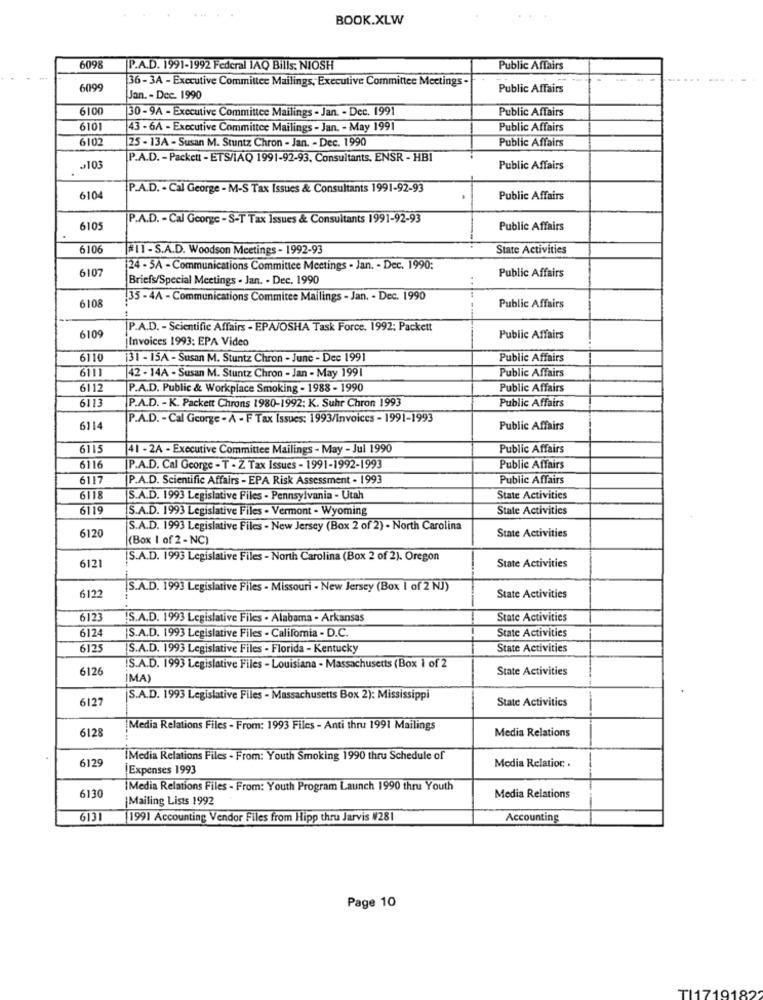
BOOK.XLW
6098
P.A.D. 1991-1992 Federal JAQ Bills: NIOSH
Public Affairs
36-3A - Executive Committee Mailings, Executive Committee Meetings.
609
Public Affairs
Jan. - Dec. 1990
610
30- 9A - Executive Committee Mailings . Jan. - Dec. 1991
Public Affairs
610
43 - 6A - Executive Committee Mailings - Jan. - May 1991
Public Affairs
610
25 - 13A - Susan M. Stuntz Chron - Jan. - Dec. 1990
Public Affairs
P.A.D. - Packett - ETS/IAQ 1991-92-93. Consultants, ENSR - HBI
-103
Public Affairs
P.A.D. - Cal George - M-S Tax Issues & Consultants 1991-92-93
610
Public Affairs
P.A.D. - Cal George - S-T Tax Issues & Consultants 1991-92-93
6105
Public Affairs
610
#11 - S.A.D. Woodson Meetings - 1992-93
State Activities
6107
24 - 5A - Communications Committee Meetings . Jan. - Dec. 1990:
Public Affairs
Briefs/Special Meetings . Jan. - Dec. 1990
135 - 4A - Communications Commitee Mailings - Jan. - Dec. 1990
6108
Public Affairs
P.A.D. - Scientific Affairs - EPAJOSHA Task Force. 1992; Packett
610
Invoices 1993: EPA Video
Public Affairs
6110
131 - 15A - Susan M. Stuntz Chron - June - Dec 1991
Public Affairs
6111
Public Affairs
42 - 14A - Susan M. Stuntz Chron - Jan - May 1991
6112
P.A.D. Public & Workplace Smoking - 1988 - 1990
Public Affairs
6113
Public Affairs
P.A.D. - K. Packett Chrons 1980-1992: K. Suhr Chron 1993
P.A.D. - Cal George - A - F Tax Issues: 1993/Invoices - 1991-1993
611
Public Affairs
611
41 - 2A - Executive Committee Mailings - May - Jul 1990
Public Affairs
6116
[P.A.D. Cal George - T - Z Tax Issues - 1991-1992-1993
Public Affairs
6117
P.A.D. Scientific Affairs - EPA Risk Assessment - 1993
Public Affairs
6118
S.A.D. 1993 Legislative Files - Pennsylvania - Utah
State Activities
6119
S.A.D. 1993 Legislative Files . Vermont - Wyoming
State Activities
612
S.A.D. 1993 Legislative Files - New Jersey (Box 2 of 2) - North Carolina
State Activities
(Box 1 of 2 - NC)
612
S.A.D. 1993 Legislative Files - North Carolina (Box 2 of 2). Oregon
State Activities
6122
S.A.D. 1993 Legislative Files - Missouri - New Jersey (Box | of 2 NJ)
State Activities
6123
S.A.D. 1993 Legislative Files . Alabama - Arkansas
State Activities
6124
State Activities
S.A.D. 1993 Legislative Files - California - D.C.
6125
S.A.D. 1993 Legislative Files - Florida - Kentucky
State Activities
6126
IS.A.D. 1993 Legislative Files - Louisiana - Massachusetts (Box 1 of 2
State Activities
IMA)
6127
S.A.D. 1993 Legislative Files - Massachusetts Box 2): Mississippi
State Activities
612
Media Relations Files - From: 1993 Files - Anti thru 1991 Mailings
Media Relations
6129
IMedia Relations Files . From: Youth Smoking 1990 thru Schedule of
Expenses 1993
Media Relation: .
iMedia Relations Files - From: Youth Program Launch 1990 thru Youth
6130
|Mailing Lists 1992
Media Relations
613
1991 Accounting Vendor Files from Hipp thru Jarvis W281
Accounting
Page 10
TI1719182'